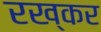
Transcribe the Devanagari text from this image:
रख्कर